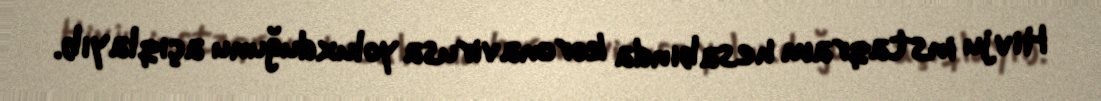
Hivju instaqram hesabında koronavirusa yoluxduğunu açıqlayıb.